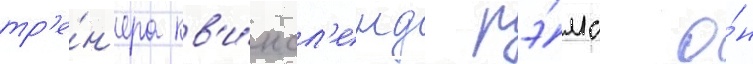
тр'е́н'ера кв'и́нсл'енд рэ́мс о́н